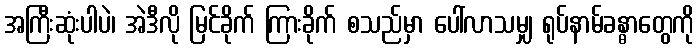
အကြီးဆုံးပါပဲ၊ အဲဒီလို မြင်ခိုက် ကြားခိုက် စသည်မှာ ပေါ်လာသမျှ ရုပ်နာမ်ခန္ဓာတွေကို